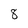
Character: 8